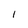
Character: I